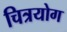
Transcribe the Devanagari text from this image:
चित्रयोग